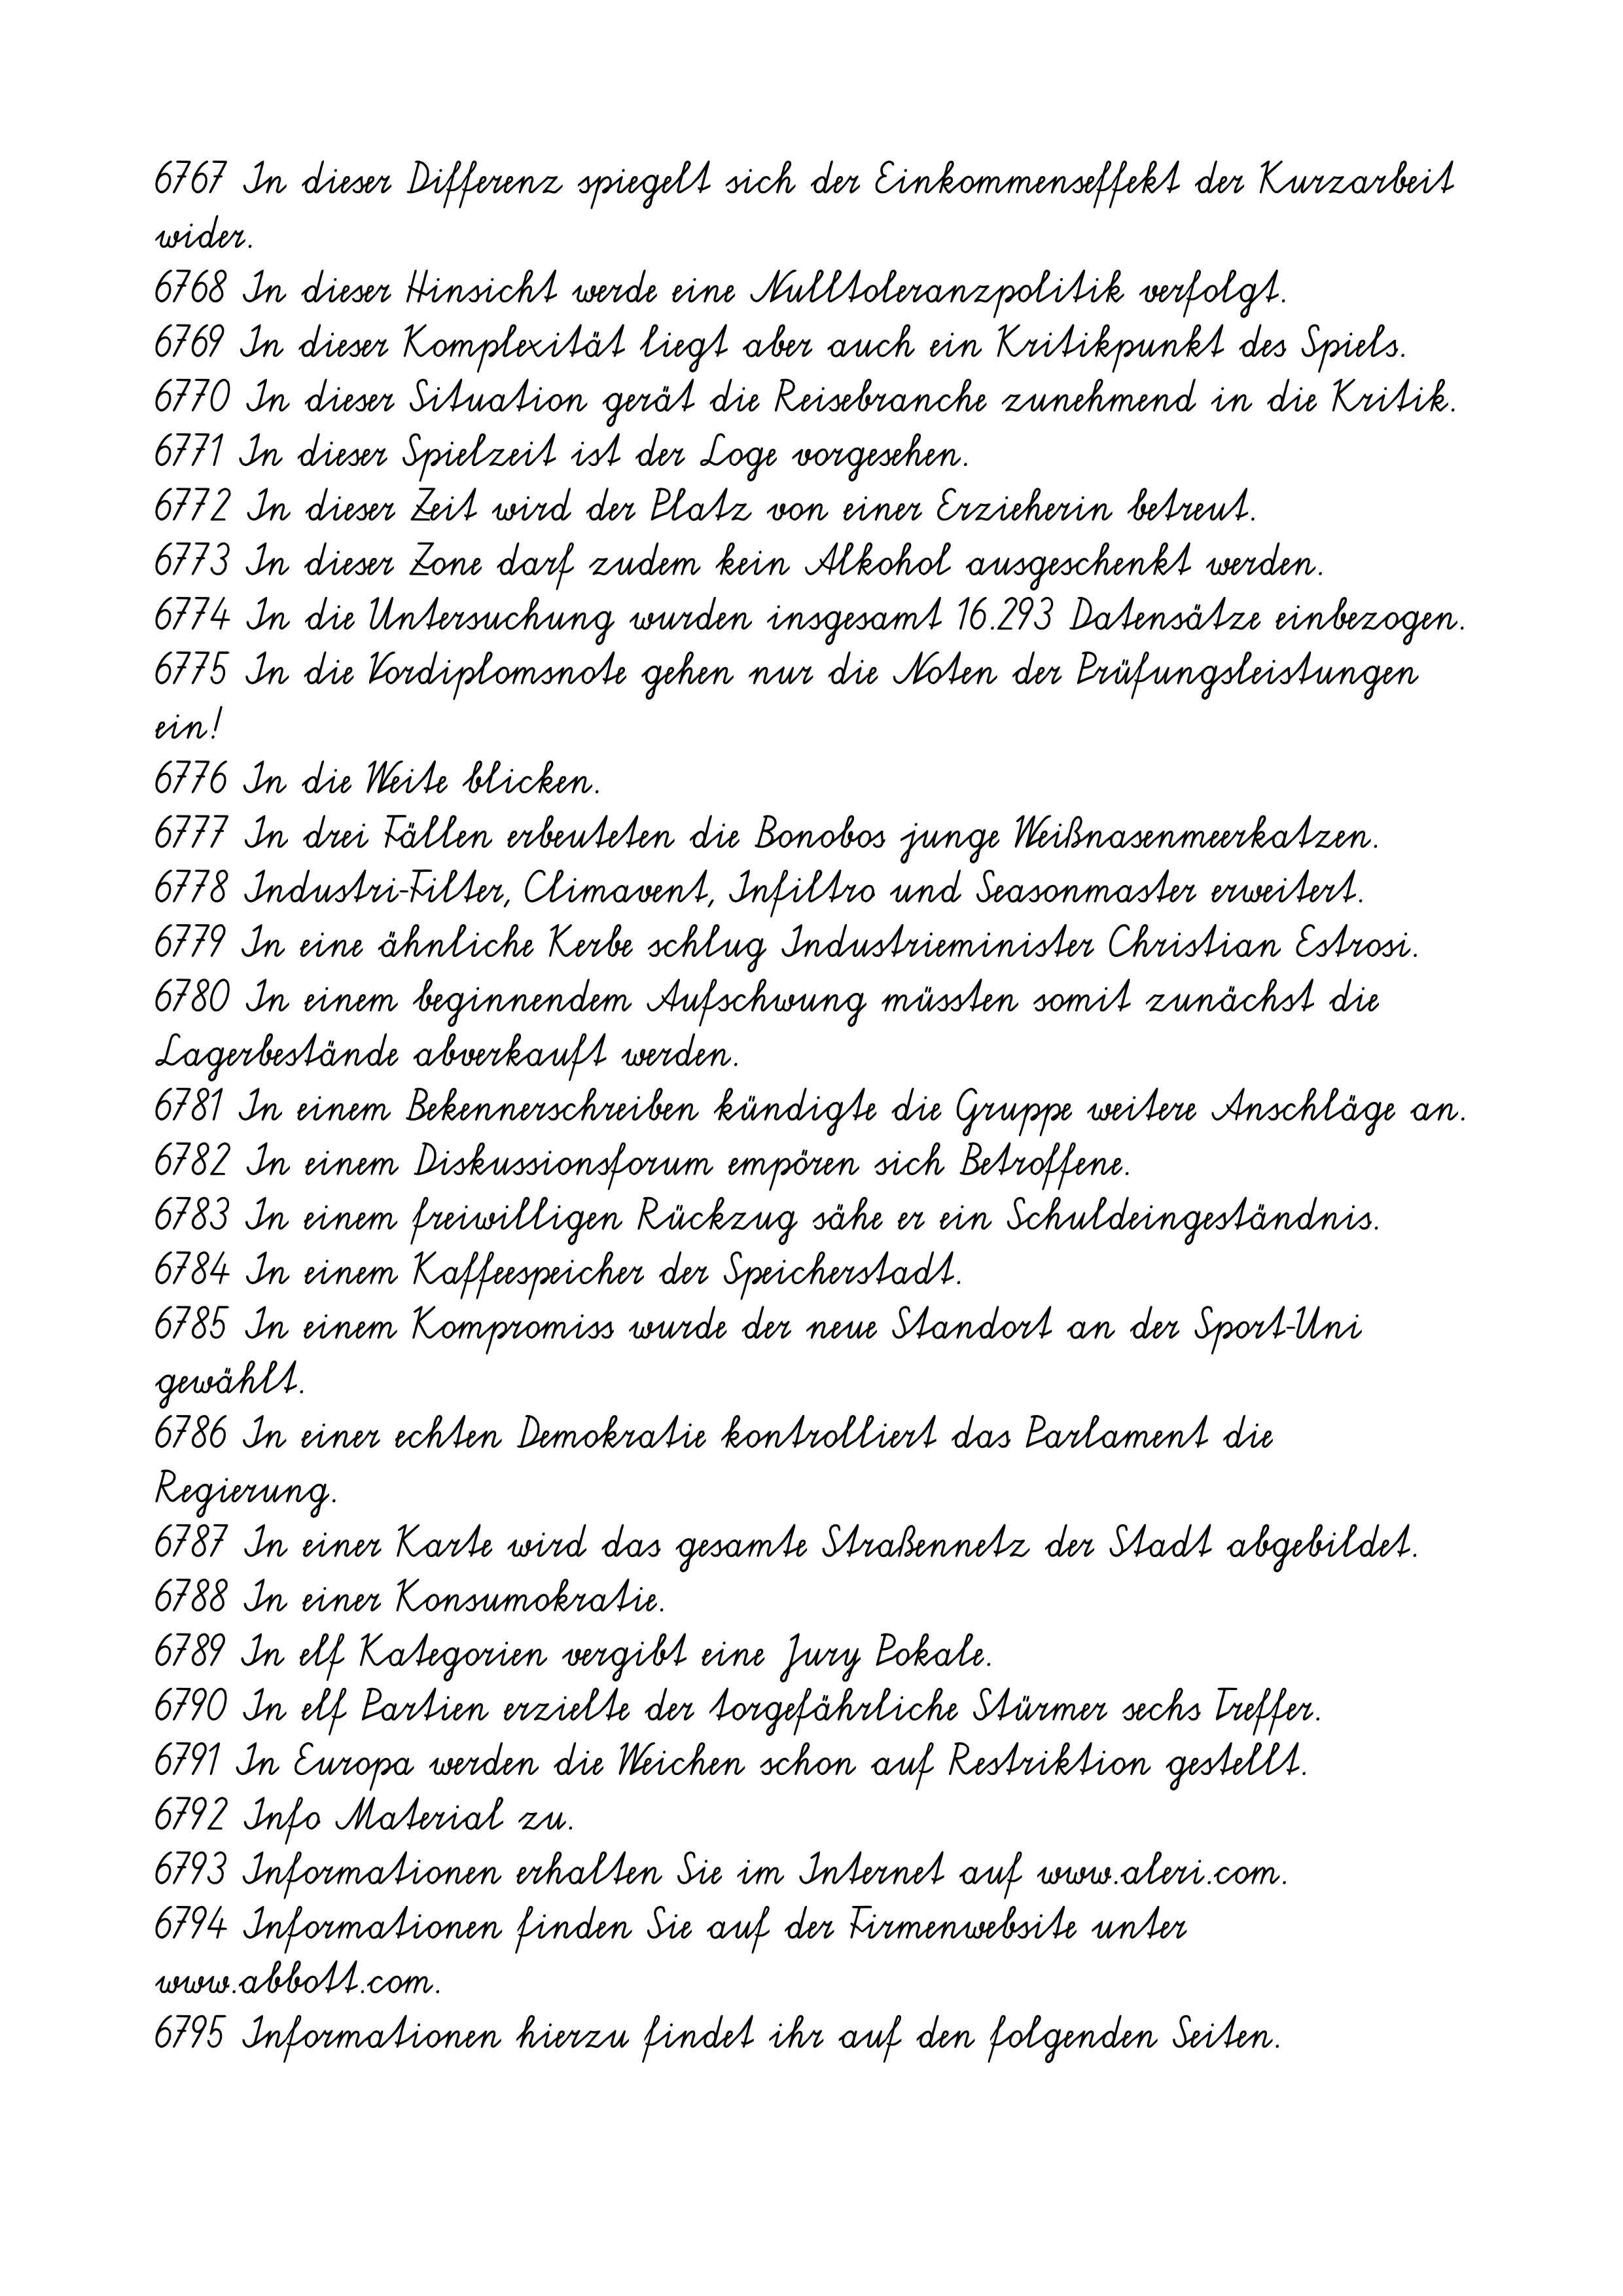
6767 In dieser Differenz spiegelt sich der Einkommenseffekt der Kurzarbeit
wider.
6768 In dieser Hinsicht werde eine Nulltoleranzpolitik verfolgt.
6769 In dieser Komplexität liegt aber auch ein Kritikpunkt des Spiels.
6770 In dieser Situation gerät die Reisebranche zunehmend in die Kritik.
6771 In dieser Spielzeit ist der Loge vorgesehen.
6772 In dieser Zeit wird der Platz von einer Erzieherin betreut.
6773 In dieser Zone darf zudem kein Alkohol ausgeschenkt werden.
6774 In die Untersuchung wurden insgesamt 16.293 Datensätze einbezogen.
6775 In die Vordiplomsnote gehen nur die Noten der Prüfungsleistungen
ein!
6776 In die Weite blicken.
6777 In drei Fällen erbeuteten die Bonobos junge Weißnasenmeerkatzen.
6778 Industri-Filter, Climavent, Infiltro und Seasonmaster erweitert.
6779 In eine ähnliche Kerbe schlug Industrieminister Christian Estrosi.
6780 In einem beginnendem Aufschwung müssten somit zunächst die
Lagerbestände abverkauft werden.
6781 In einem Bekennerschreiben kündigte die Gruppe weitere Anschläge an.
6782 In einem Diskussionsforum empören sich Betroffene.
6783 In einem freiwilligen Rückzug sähe er ein Schuldeingeständnis.
6784 In einem Kaffeespeicher der Speicherstadt.
6785 In einem Kompromiss wurde der neue Standort an der Sport-Uni
gewählt.
6786 In einer echten Demokratie kontrolliert das Parlament die
Regierung.
6787 In einer Karte wird das gesamte Straßennetz der Stadt abgebildet.
6788 In einer Konsumokratie.
6789 In elf Kategorien vergibt eine Jury Pokale.
6790 In elf Partien erzielte der torgefährliche Stürmer sechs Treffer.
6791 In Europa werden die Weichen schon auf Restriktion gestellt.
6792 Info Material zu.
6793 Informationen erhalten Sie im Internet auf www.aleri.com.
6794 Informationen finden Sie auf der Firmenwebsite unter
www.abbott.com.
6795 Informationen hierzu findet ihr auf den folgenden Seiten.